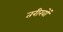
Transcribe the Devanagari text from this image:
तरीखों